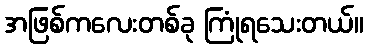
အဖြစ်ကလေးတစ်ခု ကြုံရသေးတယ်။